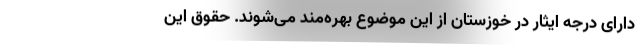
دارای درجه ایثار در خوزستان از این موضوع بهره‌مند می‌شوند. حقوق این